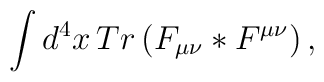
\int d^{4}x\,Tr\left(  F_{\mu\nu}\ast F^{\mu\nu}\right)  ,